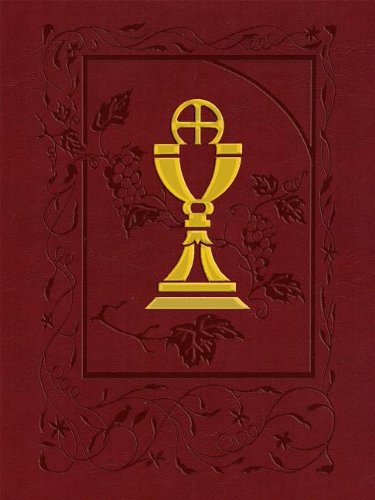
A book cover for Roman Missal Personal Edition; Christian Books & Bibles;